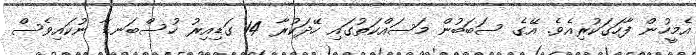
އެމީހުން ފާހަގަކުރިއެވެ. އޭގެ ސަބަބުން މަސައްކަތުގައި ހޭދަކުރާ 14 ގަޑިއިރު ހުސްބަނޑާ ނުކައިވެސް